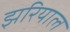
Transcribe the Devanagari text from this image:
झरियाल